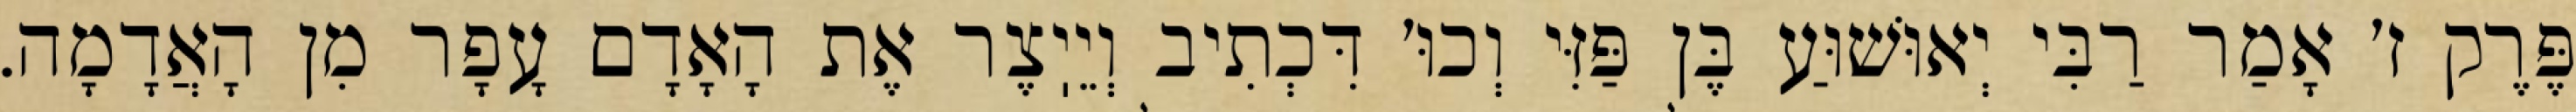
פֶּרֶק ז׳ אָמַר רַבִּי יְאוּשׁוּעַ בֶּן פַּזִּי וְכוּ׳ דִּכְתִיב וְיֵיֽצֶר אֶת הָאָדָם עָפָר מִן הָאֲדָמָה.